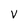
Character: v